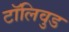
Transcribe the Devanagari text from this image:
टॉलिवुड